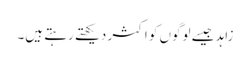
زاہد جیسے لوگوں کو اکثر دیکھتے رہتے ہیں۔